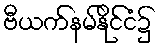
ဗီယက်နမ်နိုင်ငံ၌